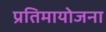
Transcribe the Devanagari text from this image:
प्रतिमायोजना